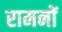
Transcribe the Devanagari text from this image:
रामनों